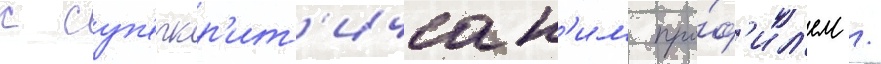
с суп'еркр'ит'ическ'им про́ф'ил'ем /